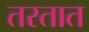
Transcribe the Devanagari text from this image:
तरतात